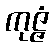
ကုဇ္ဇံ